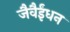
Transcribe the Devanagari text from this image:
जैवैईंधन